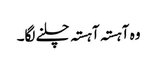
وہ آہستہ آہستہ چلنے لگا۔